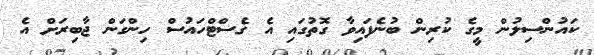
ކައުންސިލުން މީގެ ކުރިން ބުނެފައިވާ ގޮތުގައި އެ ގެސްޓްހައުސް ހިންގަން ޖާބިރަށް އެ